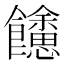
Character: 𩟳